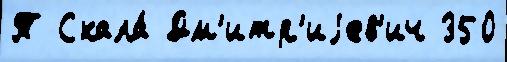
Т Скала́ Дм'итр'иjев'ич 350